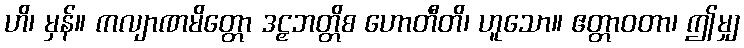
ဟိ၊ မှန်။ ကလျာဏမိတ္တော ဒဠှဘတ္တိစ ဟောတီတိ၊ ဟူသော။ ဧတ္တာဝတာ၊ ဤမျှ